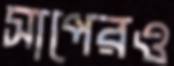
সাপেরও